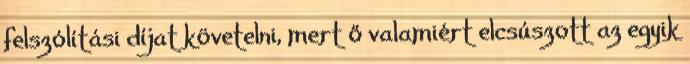
felszólítási díjat követelni, mert ő valamiért elcsúszott az egyik